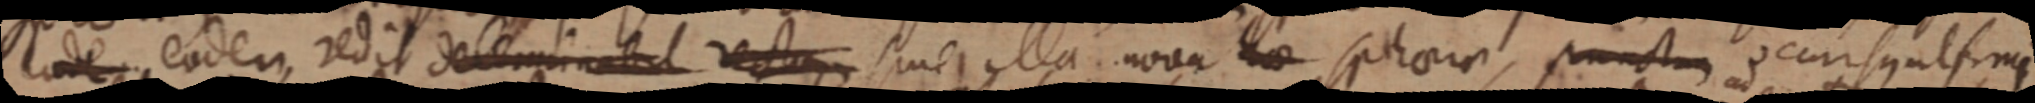
eode eodem, redit determinabit rectam sine illa nova _ sphaera, punctum occursus ultimi